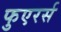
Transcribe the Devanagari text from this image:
फुएरर्स